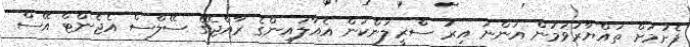
ފެށުމަށް ތައްޔާރުވަމުން އަންނަ އިރު ސްރީލަންކަން އެއާލައިންގެ ރާއްޖޭގެ ސޭލްސް އެޖެންޓް އޭސް